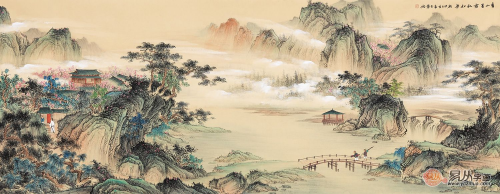
东风吹雨过青山，却望千门草色闲。